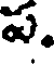
ప.